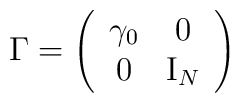
\Gamma = \left( \begin{array}{cc}   \gamma_0 &  0  \\                           0 &  \mbox{I}_N   \end{array} \right)